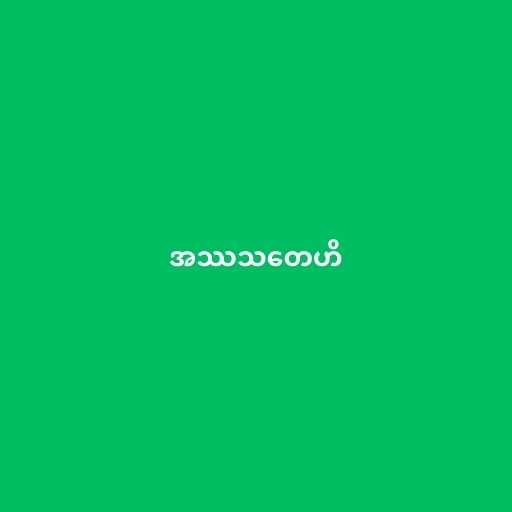
အဿသတေဟိ